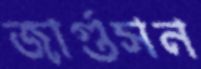
জার্গুসন